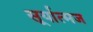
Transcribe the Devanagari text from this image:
सूर्यात्मज